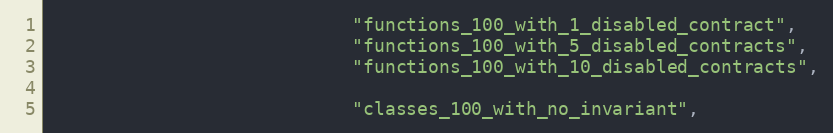
Language: Python
                            "functions_100_with_1_disabled_contract",
                            "functions_100_with_5_disabled_contracts",
                            "functions_100_with_10_disabled_contracts",

                            "classes_100_with_no_invariant",